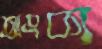
অংক্য